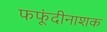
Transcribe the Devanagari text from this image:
फफूंदीनाशक